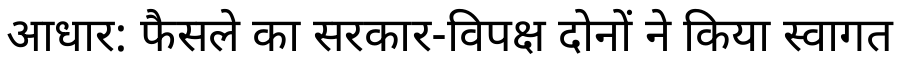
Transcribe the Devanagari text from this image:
आधार: फैसले का सरकार-विपक्ष दोनों ने किया स्वागत